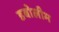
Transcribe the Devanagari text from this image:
डबोलीम